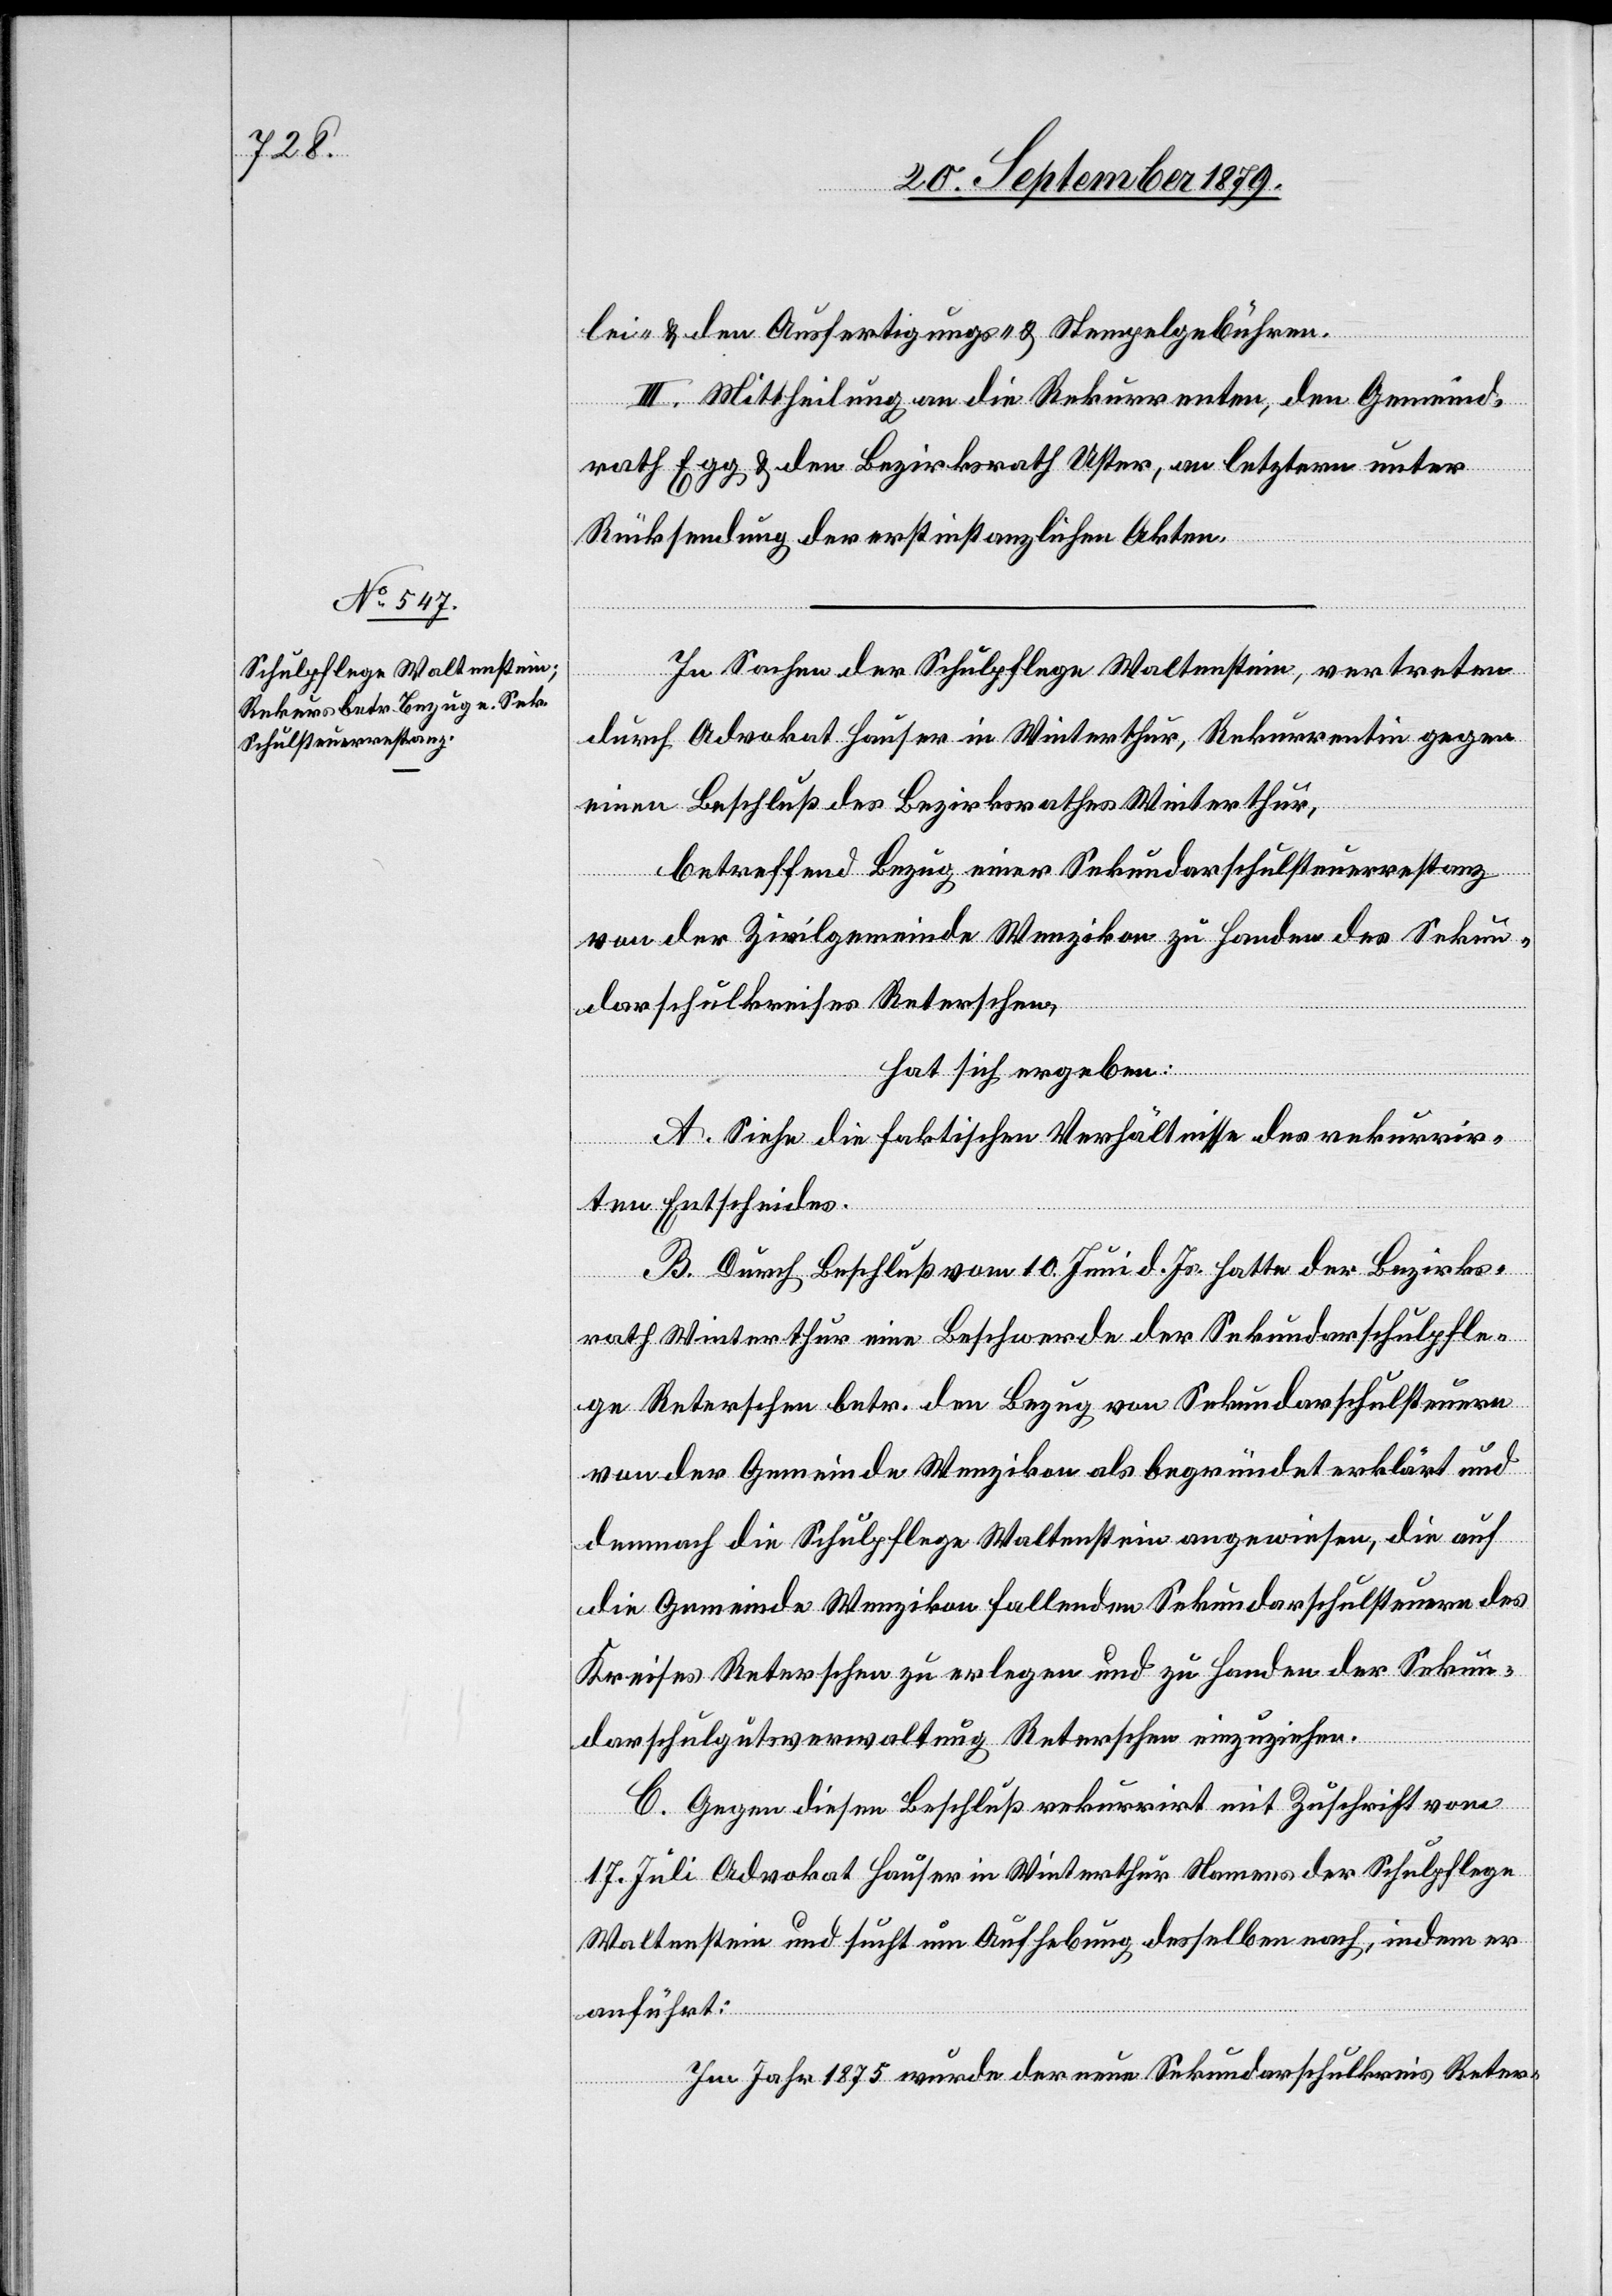
lei- & den Ausfertigungs- und Stempelgebühren.
III. Mittheilung an die Rekurrenten, den Gemeind¬
rath Egg & den Bezirksrath Uster, an letztern unter
Rücksendung der erstinstanzlichen Akten.
In Sachen der Schulpflege Waltenstein, vertreten
durch Advokat Hauser in Winterthur, Rekurrentin gegen
einen Beschluß des Bezirksrathes Winterthur,
betreffend Bezug einer Sekundarschulsteuerrestanz
von der Zivilgemeinde Wenzikon zu Handen des Sekun¬
darschulkreises Reterschen,
hat sich ergeben:
A. Siehe die faktischen Verhältnisse des rekurrir¬
ten Entscheides.
B. Durch Beschluß vom 10. Juni d. Js. hatte der Bezirks¬
rath Winterthur eine Beschwerde der Sekundarschulpfle¬
ge Reterschen betr. den Bezug von Sekundarschulsteuern
von der Gemeinde Wenzikon als begründet erklärt und
demnach die Schulpflege Waltenstein angewiesen, die auf
die Gemeinde Wenzikon fallenden Sekundarschulsteuern des
Kreises Reterschen zu erlegen und zu Handen der Sekun¬
darschulgutsverwaltung Reterschen einzuziehen.
C. Gegen diesen Beschluß rekurrirt mit Zuschrift vom
17. Juli Advokat Hauser in Winterthur Namens der Schulpflege
Waltenstein und sucht um Aufhebung desselben nach, indem er
anführt:
Im Jahr 1875 wurde der neue Sekundarschulkreis Reter-